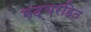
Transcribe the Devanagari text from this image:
मद्यरहित